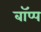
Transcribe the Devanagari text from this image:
बॉप्प